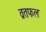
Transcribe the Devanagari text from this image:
व्रतफल